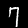
Label: 7